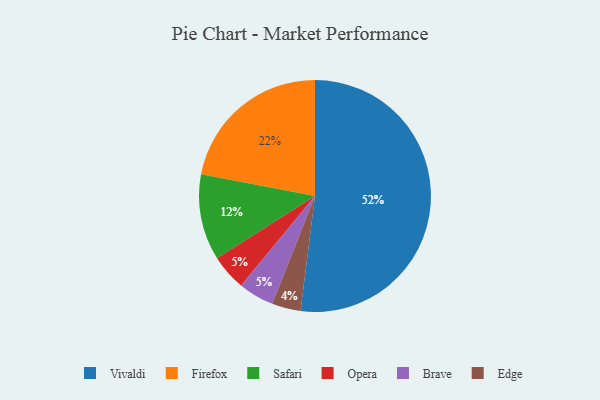
{"axis": {"x": "Category", "y": "Percentage"}, "legend": ["Brave", "Edge", "Firefox", "Opera", "Safari", "Vivaldi"], "data": [{"x": "Edge", "y": 4, "type": "Edge"}, {"x": "Firefox", "y": 22, "type": "Firefox"}, {"x": "Opera", "y": 5, "type": "Opera"}, {"x": "Vivaldi", "y": 52, "type": "Vivaldi"}, {"x": "Safari", "y": 12, "type": "Safari"}, {"x": "Brave", "y": 5, "type": "Brave"}]}